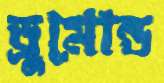
ড্রুমোন্ড